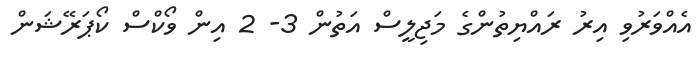
އެއްވަރުވި އިރު ރައްޔިތުންގެ މަޖިލީސް އަތުން 3- 2 އިން ވޯކްސް ކޯޕަރޭޝަން